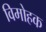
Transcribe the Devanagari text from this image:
विमोहक